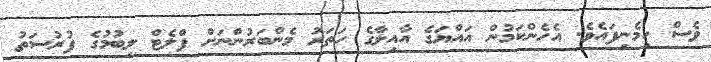
ވެސް ހިމެނިފައެވެ. އެހެންކަމުން އައްޔަގެ އާއިލާގެ ހަތަރު މެންބަރުންނަށް ފްލެޓް ލިބުމުގެ ފުރުސަތު